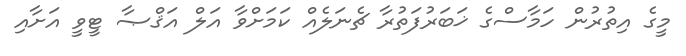
މީގެ އިތުރުން ހަމާސްގެ ޚަބަރުފަތުރާ ޗެނަލެއް ކަމަށްވާ އަލް އަޤްޞާ ޓީވީ އަށާއި